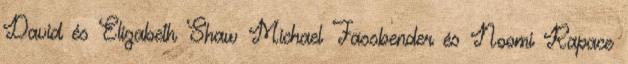
David és Elizabeth Shaw Michael Fassbender és Noomi Rapace